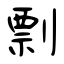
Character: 剽